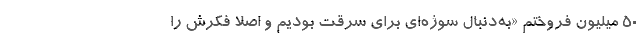
50 میلیون فروختم «به‌دنبال سوژ‌ه‌ای برای سرقت بودیم و اصلا فکرش را